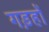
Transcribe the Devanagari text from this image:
गड़हों